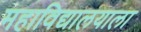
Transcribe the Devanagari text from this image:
महाविद्यालयाला